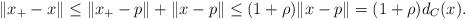
LaTeX: \begin{align*}\|x_+ -x\| \leq \|x_+ -p\| +\|x -p\| \leq (1 +\rho)\|x -p\| =(1 +\rho)d_C(x).\end{align*}